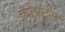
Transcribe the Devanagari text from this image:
क्रोफ्ट्स